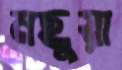
মছুয়া